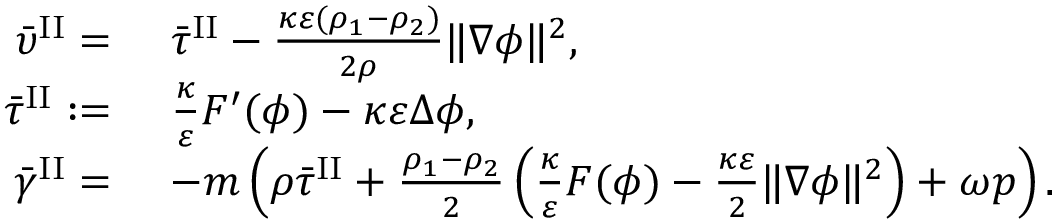
\begin{array} { r l } { \bar { \upsilon } ^ { \mathrm { I I } } = } & { ~ \bar { \tau } ^ { \mathrm { I I } } - \frac { \kappa \varepsilon ( \rho _ { 1 } - \rho _ { 2 } ) } { 2 \rho } \| \nabla \phi \| ^ { 2 } , } \\ { \bar { \tau } ^ { \mathrm { I I } } : = } & { ~ \frac { \kappa } { \varepsilon } F ^ { \prime } ( \phi ) - \kappa \varepsilon \Delta \phi , } \\ { \bar { \gamma } ^ { \mathrm { I I } } = } & { ~ - m \left( \rho \bar { \tau } ^ { \mathrm { I I } } + \frac { \rho _ { 1 } - \rho _ { 2 } } { 2 } \left( \frac { \kappa } { \varepsilon } F ( \phi ) - \frac { \kappa \varepsilon } { 2 } \| \nabla \phi \| ^ { 2 } \right) + \omega p \right) . } \end{array}